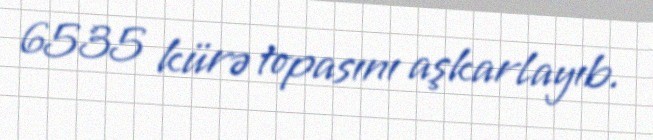
6535 kürə topasını aşkarlayıb.